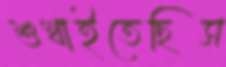
শুখাইতেছিস